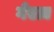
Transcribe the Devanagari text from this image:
गेएज़